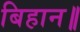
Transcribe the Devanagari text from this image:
बिहान॥